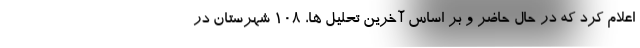
اعلام کرد که در حال حاضر و بر اساس آخرین تحلیل ها، ۱۰۸ شهرستان در